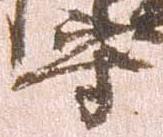
守